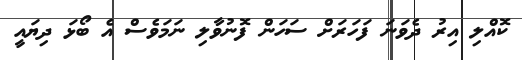
ކޮއްލި އިރު ދެވަނަ ފަހަރަށް ސަހަން ފޮނުވާލި ނަމަވެސް އެ ބޯޅަ ދިޔައީ